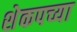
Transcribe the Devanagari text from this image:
शेकपच्या